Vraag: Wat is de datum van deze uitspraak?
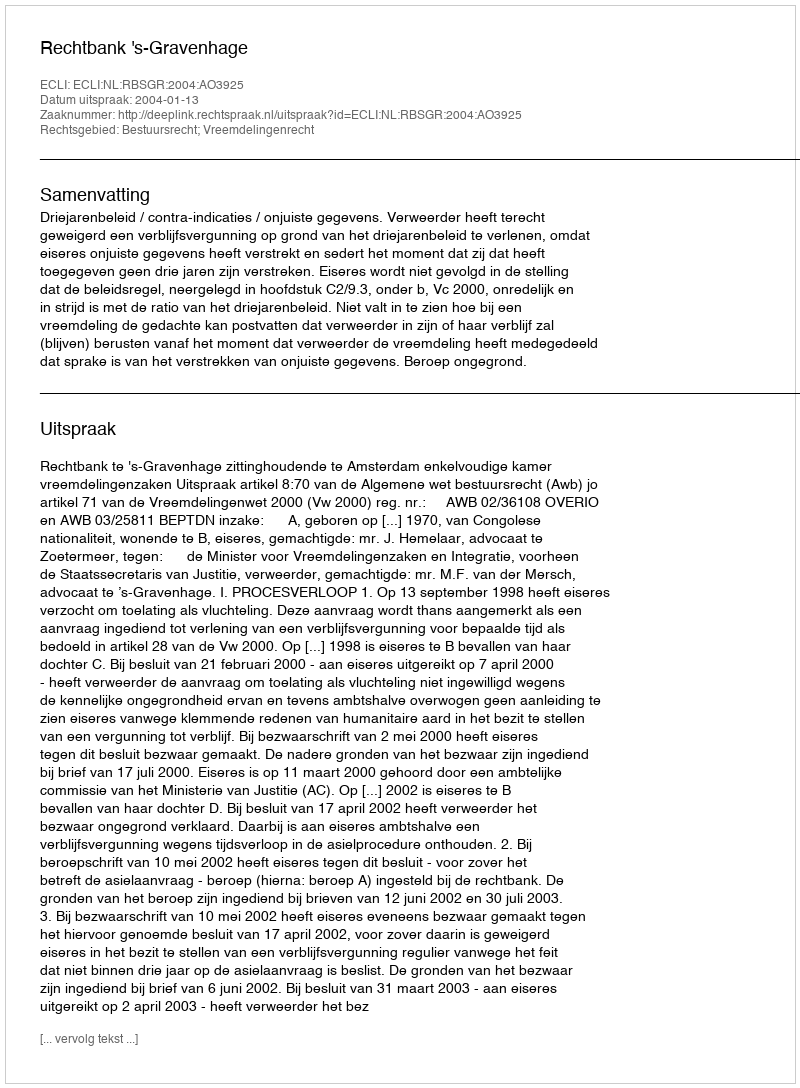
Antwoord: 2004-01-13